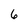
Character: 6